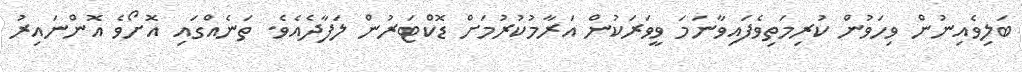
ބަލިވެއިނުން ވިހަވުން ކުރިމަތިވެފައިވާނަމަ ވީވަރަކުން އަރާމުކުރުމަށް ޑޮކްޓަރުން ލަފާދެއެވެ. ތަނެއްގައި އޮށޯވެ އޮންނައިރު